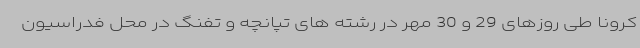
کرونا طی روزهای 29 و 30 مهر در رشته های تپانچه و تفنگ در محل فدراسیون